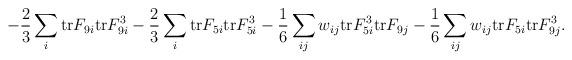
LaTeX: \begin{align*}-{2 \over 3} \sum_i {\rm tr} F_{9i} {\rm tr} F_{9i}^3-{2 \over 3} \sum_i {\rm tr} F_{5i} {\rm tr} F_{5i}^3 -{1 \over 6}\sum_{ij} w_{ij} {\rm tr} F_{5i}^3 {\rm tr} F_{9j} -{1 \over 6}\sum_{ij} w_{ij} {\rm tr} F_{5i} {\rm tr} F_{9j}^3.\end{align*}